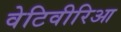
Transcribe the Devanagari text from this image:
वेटिवीरिआ